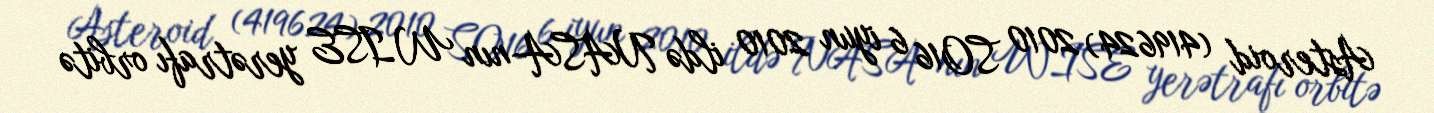
Asteroid (419624) 2010 SO16 6 iyun 2010 ildə NASA-nın WISE yerətrafı orbitə